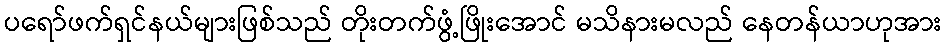
ပရော်ဖက်ရှင်နယ်များဖြစ်သည် တိုးတက်ဖွံ့ဖြိုးအောင် မသိနားမလည် နေတန်ယာဟုအား